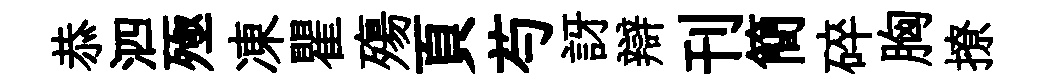
恭泗殛凍瞿殤頁芍訝辯刊簡碎胸撩